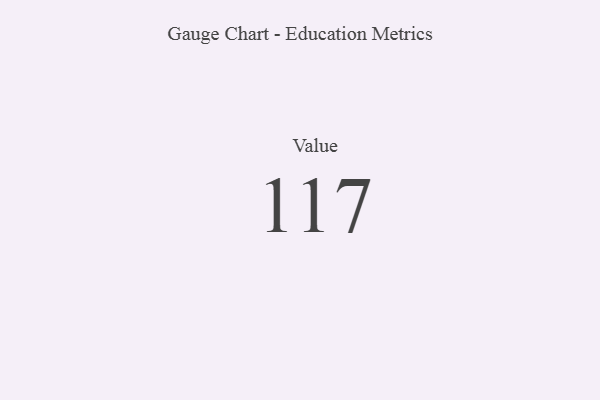
{"axis": {"x": "Metric", "y": "Value"}, "legend": [""], "data": [{"x": "Value", "y": 117, "type": ""}]}